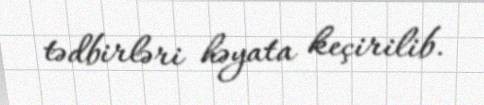
tədbirləri həyata keçirilib.